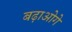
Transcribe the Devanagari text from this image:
बढ़ाओगे